Civil Veterinary Dept. North-West Frontier Province 1933-46 - 1933-1946
Year: 1933
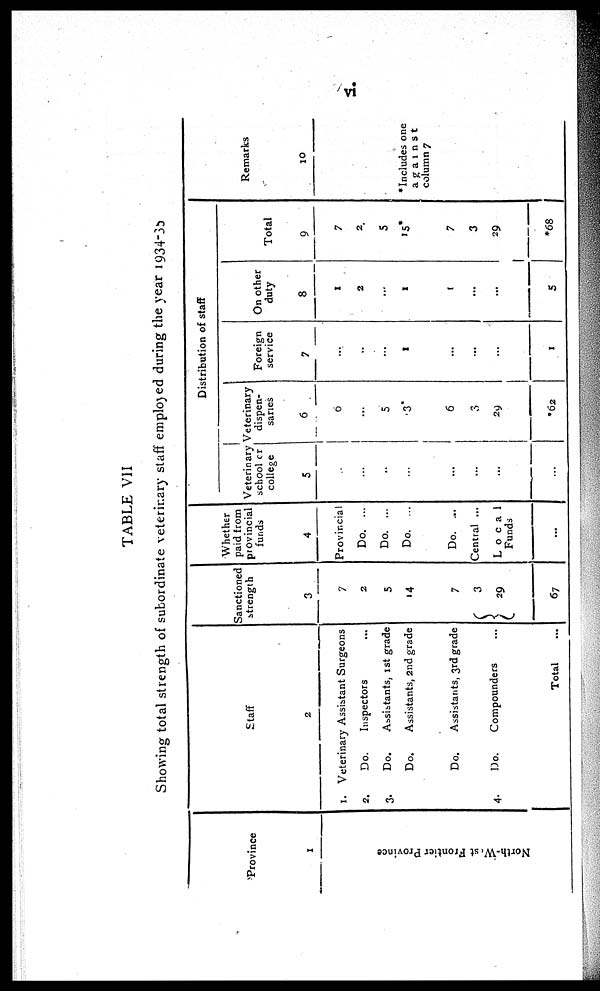
vi
TABLE VII
Showing total strength of subordinate veterinary staff employed during the year 1934-35
Province
1
North-West Frontier Province
Staff
1.
2.
3.
4.
2
Veterinary Assistant Surgeons
Do.
Inspectors ...
Do.
Assistants, 1st grade
Do. Assistants, 2nd grade
Do.
Assistants, 3rd grade
Do.
Compounders ...
Total ...
Sanctioned
strength
3
7
2
5
14
7
3
29
67
Whether
paid from
provincial
funds
4
Provincial
Do. ...
Do. ...
Do. ...
Do. ...
Central ...
Local
Funds
...
Distribution of staff
Veterinary
school or
college
5
..
...
..
...
...
...
...
...
Veterinary
dispen-
saries
6
6
...
5
3
6
3
29
*62
Foreign
service
7
...
...
...
1
...
...
...
1
On other
duty
8
1
2
...
1
1
...
...
5
Total
9
7
2
5
15*
7
3
29
*68
Remarks
10
*Includes one
against
column 7